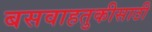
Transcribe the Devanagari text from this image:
बसवाहतुकीसाठी